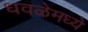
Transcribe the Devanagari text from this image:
धवळेमध्ये